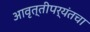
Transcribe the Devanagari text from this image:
आवृत्तीपर्यंतचा